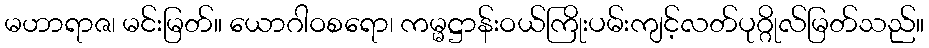
မဟာရာဇ၊ မင်းမြတ်။ ယောဂါဝစရော၊ ကမ္မဋ္ဌာန်းဝယ်ကြိုးပမ်းကျင့်လတ်ပုဂ္ဂိုလ်မြတ်သည်။